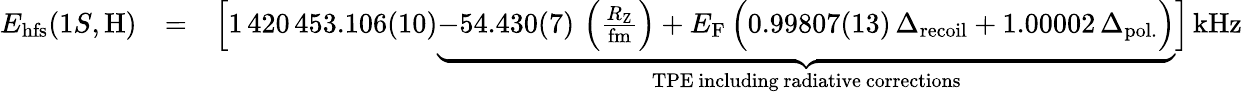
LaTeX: \begin{array}{rlr}{E_{\mathrm{hfs}}(1S,\mathrm{H})}&{=}&{\Big[1\, 420\, 453.106(10)\underbrace{-54.430(7)\, \left(\frac{R_{\mathrm{Z}}}{\mathrm{fm}}\right)+E_{\mathrm{F}}\, \Big(0.99807(13)\, \Delta_{\mathrm{recoil}}+1.00002\, \Delta_{\mathrm{pol.}}\Big)}_{\mathrm{TPE~including~radiative~corrections}}\Big]\, \mathrm{kHz}}\end{array}